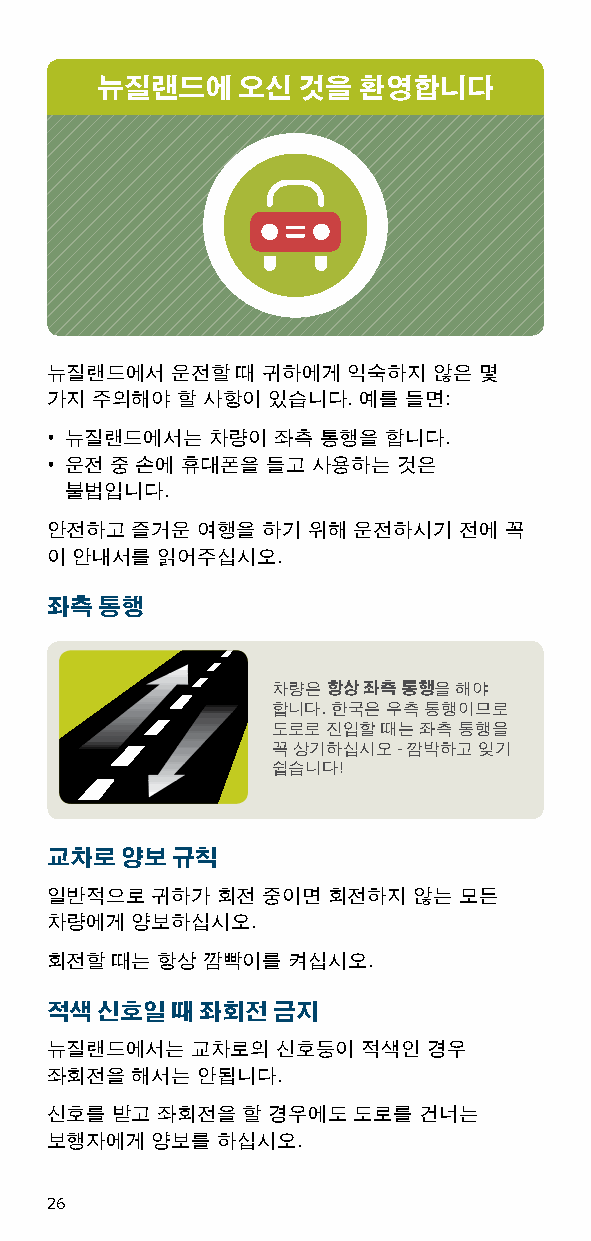
뉴질랜드에     오신  것을  환영합니다
 뉴질랜드에서  운전할  때 귀하에게 익숙하지  않은 몇
 가지 주의해야  할 사항이 있습니다. 예를 들면:
 • 뉴질랜드에서는  차량이 좌측 통행을  합니다.
 • 운전 중 손에 휴대폰을 들고 사용하는 것은
 불법입니다.
 안전하고  즐거운 여행을 하기 위해 운전하시기  전에 꼭
 이 안내서를 읽어주십시오.
 좌측 통행
 차량은 항상 좌측 통행을 해야
 합니다. 한국은 우측 통행이므로
 도로로 진입할 때는 좌측 통행을
 꼭 상기하십시오 - 깜박하고 잊기
 쉽습니다!
 교차로  양보 규칙
 일반적으로  귀하가 회전 중이면  회전하지 않는 모든
 차량에게  양보하십시오.
 회전할 때는 항상 깜빡이를  켜십시오.
 적색 신호일  때 좌회전  금지
 뉴질랜드에서는   교차로의 신호등이  적색인 경우
 좌회전을  해서는 안됩니다.
 신호를 받고 좌회전을  할 경우에도 도로를  건너는
 보행자에게  양보를 하십시오.
 26